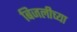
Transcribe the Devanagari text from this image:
बिजलीच्या